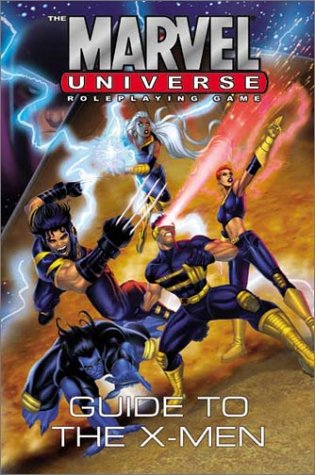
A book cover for The Marvel Universe Roleplaying Game: Guide to the X-Men; Mark Beazley; Teen & Young Adult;